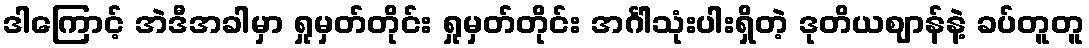
ဒါကြောင့် အဲဒီအခါမှာ ရှုမှတ်တိုင်း ရှုမှတ်တိုင်း အင်္ဂါသုံးပါးရှိတဲ့ ဒုတိယဈာန်နဲ့ ခပ်တူတူ